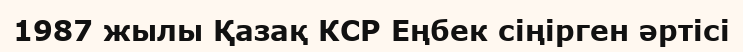
1987 жылы Қазақ КСР Еңбек сіңірген әртісі